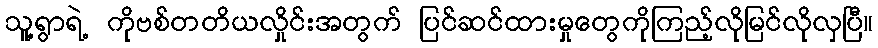
သူ့ရွာရဲ့ ကိုဗစ်တတိယလှိုင်းအတွက် ပြင်ဆင်ထားမှုတွေကိုကြည့်လိုမြင်လိုလှပြီ။